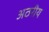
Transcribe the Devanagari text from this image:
अठरीय